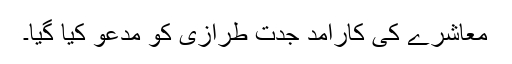
معاشرے کی کارآمد جدت طرازی کو مدعو کیا گیا۔